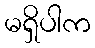
မရှိပါက